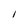
Character: 1